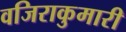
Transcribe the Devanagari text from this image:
वजिराकुमारी